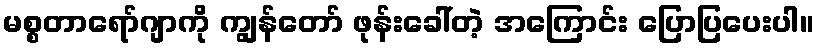
မစ္စတာရော်ဂျာကို ကျွန်တော် ဖုန်းခေါ်တဲ့ အကြောင်း ပြောပြပေးပါ။